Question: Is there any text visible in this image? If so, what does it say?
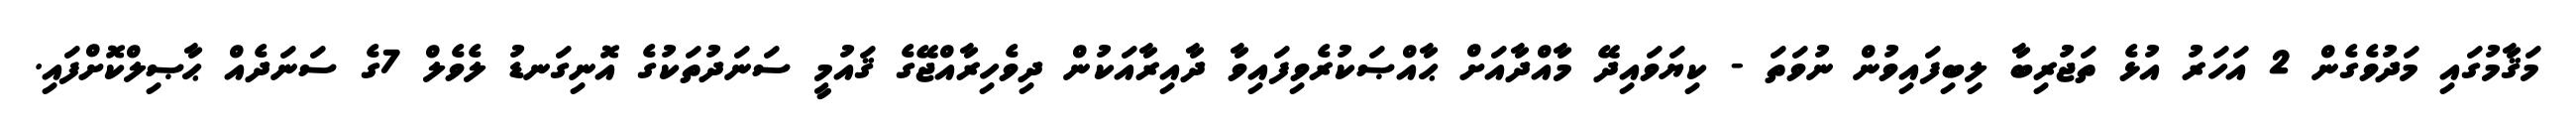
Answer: މަޤާމުގައި މަދުވެގެން 2 އަހަރު އުޅެ ތަޖުރިބާ ލިބިފައިވުން ނުވަތަ - ކިޔަވައިދޭ މާއްދާއަށް ޙާއްޞަކުރެވިފައިވާ ދާއިރާއަކުން ދިވެހިރާއްޖޭގެ ޤައުމީ ސަނަދުތަކުގެ އޮނިގަނޑު ލެވެލް 7ގެ ސަނަދެއް ޙާޞިލްކޮށްފައި.